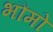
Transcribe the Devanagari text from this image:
भौमो